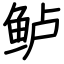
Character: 鲈